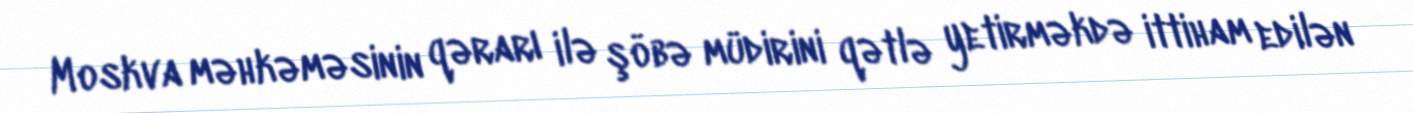
Moskva məhkəməsinin qərarı ilə şöbə müdirini qətlə yetirməkdə ittiham edilən